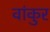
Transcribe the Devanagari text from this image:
वांकुर